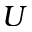
U